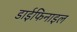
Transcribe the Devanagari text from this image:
डाईफिनाइल